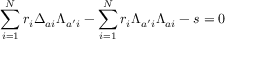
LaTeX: \sum _ { i = 1 } ^ { N } r _ { i } \Delta _ { a i } \Lambda _ { a ^ { \prime } i } - \sum _ { i = 1 } ^ { N } r _ { i } \Lambda _ { a ^ { \prime } i } \Lambda _ { a i } - s = 0